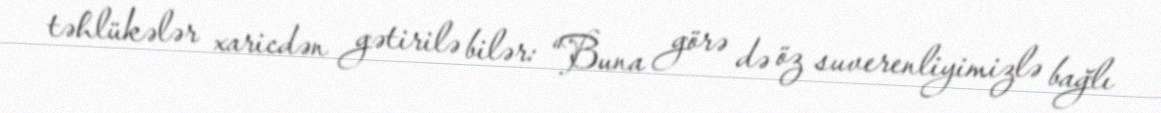
təhlükələr xaricdən gətirilə bilər: “Buna görə də öz suverenliyimizlə bağlı